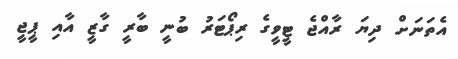
އެތަނަށް ދިޔަ ރާއްޖެ ޓީވީގެ ރިޕޯޓަރު ބުނީ ބާރީ ގާޒީ އާއި ޕީޖީ